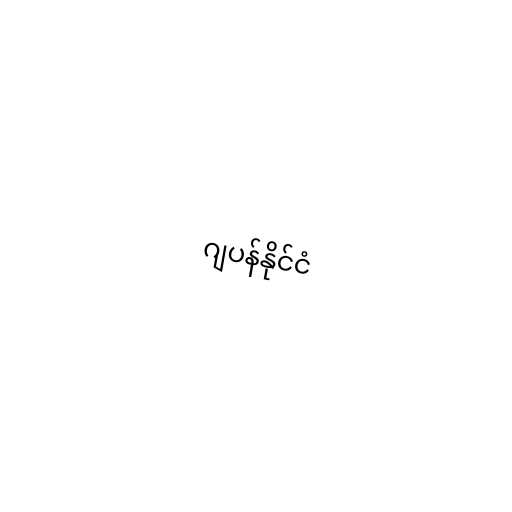
ဂျပန်နိုင်ငံ